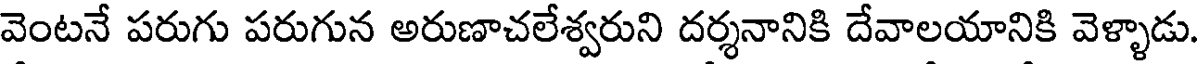
వెంటనే పరుగు పరుగున అరుణాచలేశ్వరుని దర్శనానికి దేవాలయానికి వెళ్ళాడు